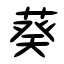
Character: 葵